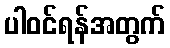
ပါဝင်ရန်အတွက်